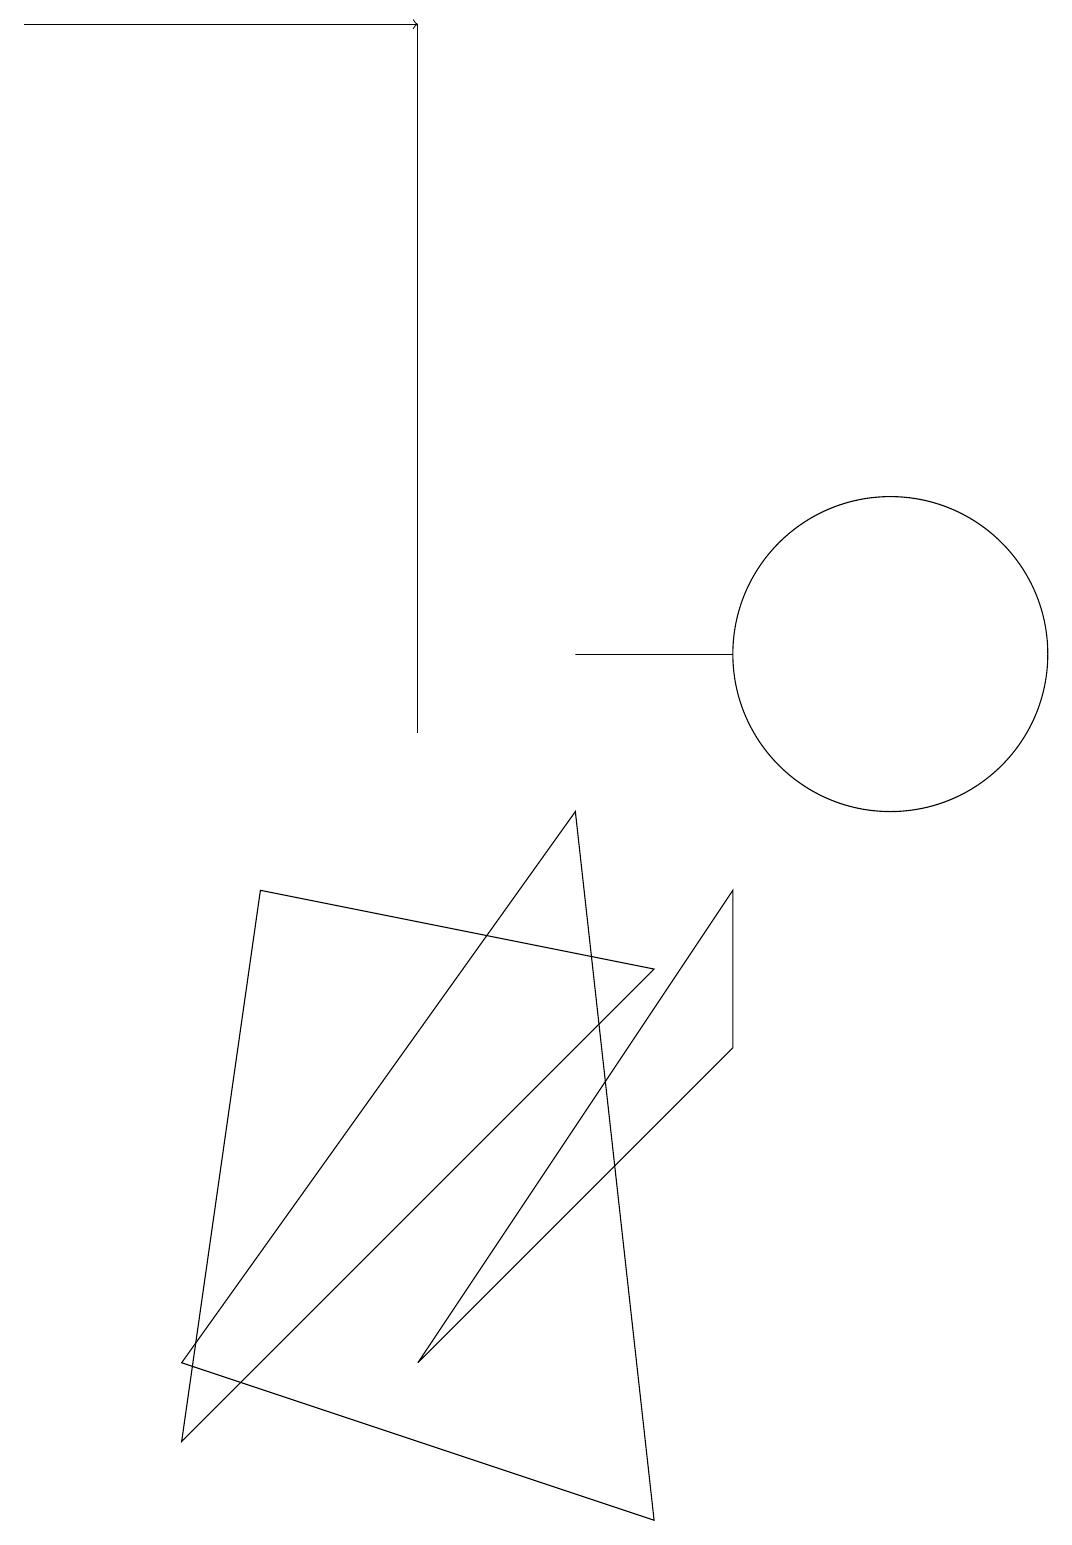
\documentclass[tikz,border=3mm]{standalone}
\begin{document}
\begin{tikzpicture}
\draw (2,2) -- (7,9) -- (8,0) -- cycle;
\draw (3,8) -- (8,7) -- (2,1) -- cycle;
\draw (5,2) -- (9,6) -- (9,8) -- cycle;
\draw (5,10) rectangle (5,19);
\draw (11,11) circle (2);
\draw[->] (0,19) -- (5,19);
\draw (9,11) rectangle (7,11);
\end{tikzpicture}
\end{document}